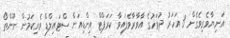
އަނިޔާވެރިވެގެން 3 އަހަރު ދުވަހުގެ އާވާރާވެފައިވާ ކަރަޕްޓް އިންޑިއަން ސްޓައިލްޑް ވެރިކަމުން ނޫންތޯ